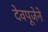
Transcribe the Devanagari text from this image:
देवपूजेने